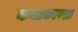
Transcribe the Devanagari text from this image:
कदाकारता